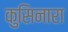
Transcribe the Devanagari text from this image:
कुसिनारा